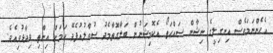
އެހެންނަމަވެސް އިނގިލީގެ ނިޝާން ސައްޙަތޯ އެކޮމިޝަނުން ބަލާގޮތާމެދު ސުވާލުއުފެދޭ ކަމަށް އިންތި ވިދާޅުވިއެވެ.